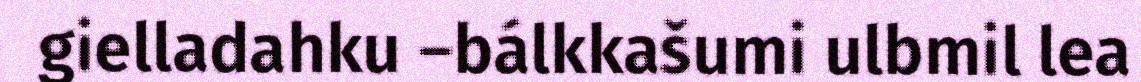
gielladahku –bálkkašumi ulbmil lea